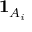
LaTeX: { \mathbf { 1 } } _ { A _ { i } }